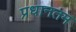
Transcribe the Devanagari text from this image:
प्रधानतम